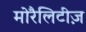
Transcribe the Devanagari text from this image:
मोरैलिटीज़